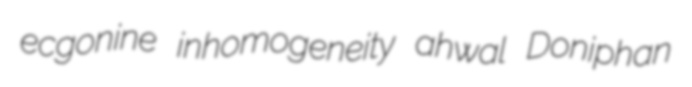
ecgonine inhomogeneity ahwal Doniphan